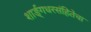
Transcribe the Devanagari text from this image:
शार्ङ्गधरसंहितेचा